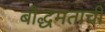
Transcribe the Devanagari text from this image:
बौद्धमताची